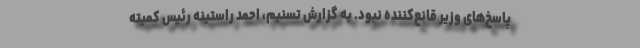
پاسخ‌های وزیر قانع‌کننده نبود. به گزارش تسنیم، احمد راستینه رئیس کمیته